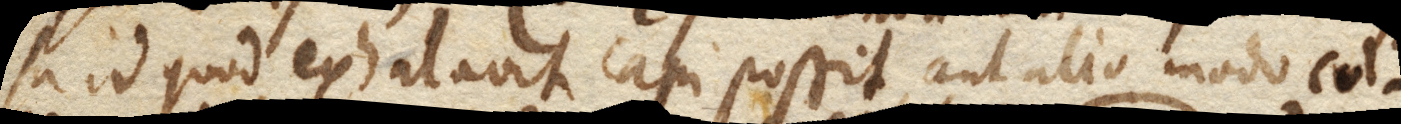
sa id quod exhalavit capi possit, aut alio modo col–